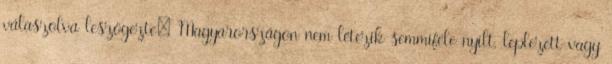
válaszolva leszögezte: Magyarországon nem létezik semmiféle nyílt, leplezett vagy